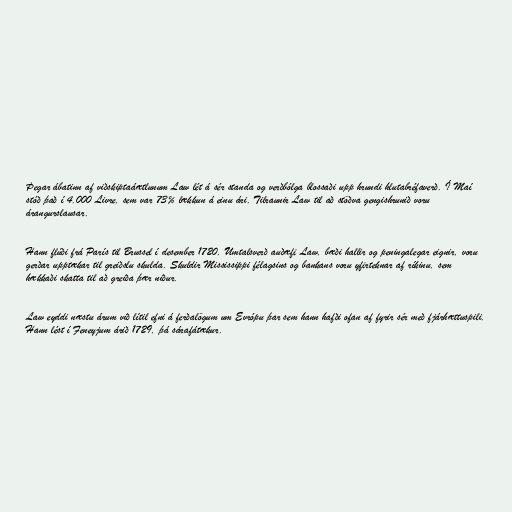
Þegar ábatinn af viðskiptaáætlunum Law lét á sér standa og verðbólga blossaði upp hrundi hlutabréfaverð. Í Maí
stóð það í 4.000 Livre, sem var 73% lækkun á einu ári. Tilraunir Law til að stöðva gengishrunið voru
árangurslausar.

Hann flúði frá París til Brussel í desember 1720. Umtalsverð auðæfi Law, bæði hallir og peningalegar eignir, voru
gerðar upptækar til greiðslu skulda. Skuldir Mississippi félagsins og bankans voru yfirteknar af ríkinu, sem
hækkaði skatta til að greiða þær niður.

Law eyddi næstu árum við lítil efni á ferðalögum um Evrópu þar sem hann hafði ofan af fyrir sér með fjárhættuspili.
Hann lést í Feneyjum árið 1729, þá sárafátækur.